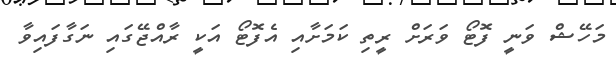
މަހޭޝް ވަނީ ފޮޓޯ ވަރަށް ރީތި ކަމަށާއި އެފޮޓޯ އަކީ ރާއްޖޭގައި ނަގާފައިވާ